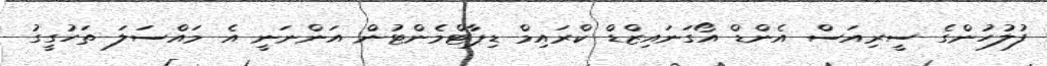
ފުލުހުންގެ ސީރިއަސް އެންޑް އޯގަނައިޒްޑް ކްރައިމް ޑިޕާޓްމެންޓުން އަންނަނީ އެ މައްސަލަ ތަހުގީގު